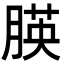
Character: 朠